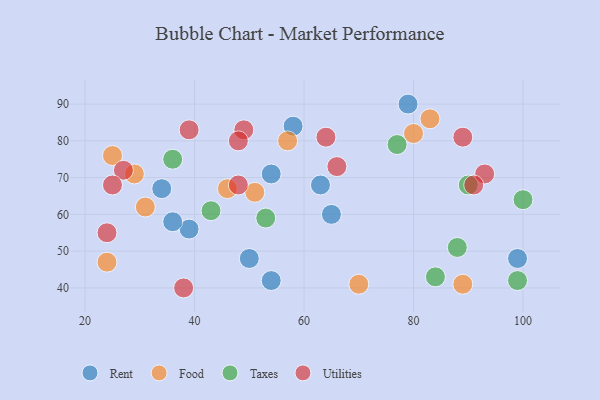
{"axis": {"x": "GDP", "y": "Life Expectancy"}, "legend": ["Food", "Rent", "Taxes", "Utilities"], "data": [{"x": "54", "y": 42, "type": "Rent"}, {"x": "65", "y": 60, "type": "Rent"}, {"x": "39", "y": 56, "type": "Rent"}, {"x": "34", "y": 67, "type": "Rent"}, {"x": "36", "y": 58, "type": "Rent"}, {"x": "58", "y": 84, "type": "Rent"}, {"x": "99", "y": 48, "type": "Rent"}, {"x": "54", "y": 71, "type": "Rent"}, {"x": "50", "y": 48, "type": "Rent"}, {"x": "79", "y": 90, "type": "Rent"}, {"x": "63", "y": 68, "type": "Rent"}, {"x": "80", "y": 82, "type": "Food"}, {"x": "70", "y": 41, "type": "Food"}, {"x": "46", "y": 67, "type": "Food"}, {"x": "29", "y": 71, "type": "Food"}, {"x": "24", "y": 47, "type": "Food"}, {"x": "89", "y": 41, "type": "Food"}, {"x": "51", "y": 66, "type": "Food"}, {"x": "31", "y": 62, "type": "Food"}, {"x": "83", "y": 86, "type": "Food"}, {"x": "57", "y": 80, "type": "Food"}, {"x": "25", "y": 76, "type": "Food"}, {"x": "100", "y": 64, "type": "Taxes"}, {"x": "84", "y": 43, "type": "Taxes"}, {"x": "88", "y": 51, "type": "Taxes"}, {"x": "77", "y": 79, "type": "Taxes"}, {"x": "99", "y": 42, "type": "Taxes"}, {"x": "43", "y": 61, "type": "Taxes"}, {"x": "90", "y": 68, "type": "Taxes"}, {"x": "53", "y": 59, "type": "Taxes"}, {"x": "36", "y": 75, "type": "Taxes"}, {"x": "66", "y": 73, "type": "Utilities"}, {"x": "93", "y": 71, "type": "Utilities"}, {"x": "48", "y": 68, "type": "Utilities"}, {"x": "27", "y": 72, "type": "Utilities"}, {"x": "49", "y": 83, "type": "Utilities"}, {"x": "48", "y": 80, "type": "Utilities"}, {"x": "24", "y": 55, "type": "Utilities"}, {"x": "25", "y": 68, "type": "Utilities"}, {"x": "89", "y": 81, "type": "Utilities"}, {"x": "91", "y": 68, "type": "Utilities"}, {"x": "38", "y": 40, "type": "Utilities"}, {"x": "64", "y": 81, "type": "Utilities"}, {"x": "39", "y": 83, "type": "Utilities"}]}